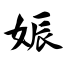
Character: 娠